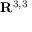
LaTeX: \mathbf { R } ^ { 3 , 3 }